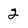
Character: 2